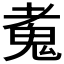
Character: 𩲘